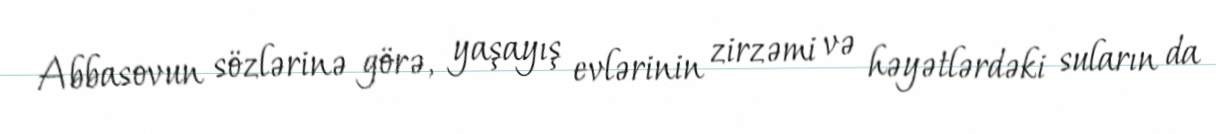
Abbasovun sözlərinə görə, yaşayış evlərinin zirzəmi və həyətlərdəki suların da